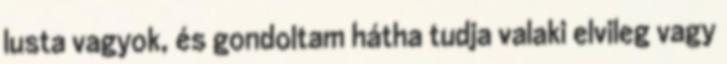
lusta vagyok, és gondoltam hátha tudja valaki elvileg vagy